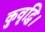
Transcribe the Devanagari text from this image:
कुवृद्धि।